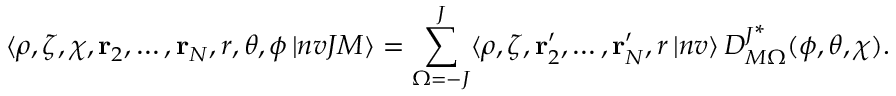
\langle \rho , \zeta , \chi , \mathbf { r } _ { 2 } , \dots , \mathbf { r } _ { N } , r , \theta , \phi \, | n v J M \rangle = \sum _ { \Omega = - J } ^ { J } \langle \rho , \zeta , \mathbf { r } _ { 2 } ^ { \prime } , \dots , \mathbf { r } _ { N } ^ { \prime } , r \, | n v \rangle \, D _ { M \Omega } ^ { J ^ { \scriptstyle * } } ( \phi , \theta , \chi ) .